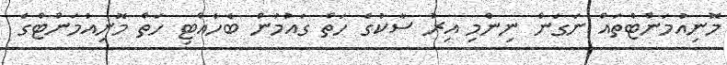
މޮނިއުމަންޓްތައް ނަގަން ނިންމި އިރު ސާކުގެ ހަތް ގައުމުން ބެހެއްޓި ހަތް މޮނިއުމަންޓްގެ